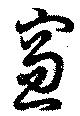
窓